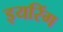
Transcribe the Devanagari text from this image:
इयरिंग